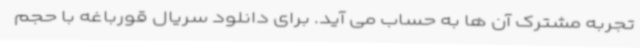
تجربه مشترک آن ها به حساب می آید. برای دانلود سریال قورباغه با حجم